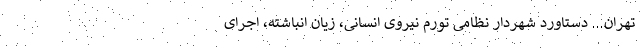
تهران... دستاورد شهردار نظامی تورم نیروی انسانی، زیان انباشته، اجرای